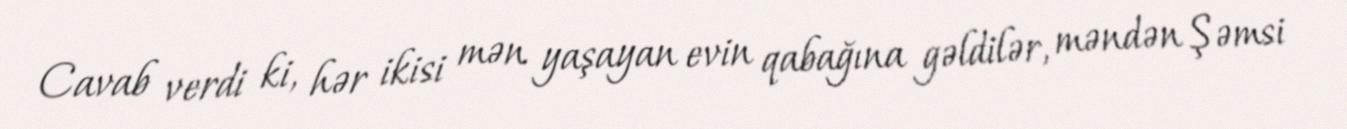
Cavab verdi ki, hər ikisi mən yaşayan evin qabağına gəldilər, məndən Şəmsi